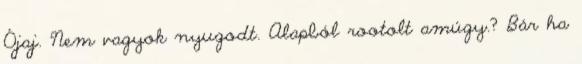
Ójaj. Nem vagyok nyugodt. Alapból rootolt amúgy.? Bár ha